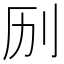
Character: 𫥳